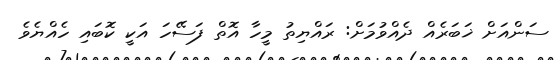
ސަންއަށް ޚަބަރެއް ދެއްވުމަށް: ރައްޔިތު މީހާ އޮތް ފަސޭހަ އަކީ ކޮބައި ހެއްޔެވެ